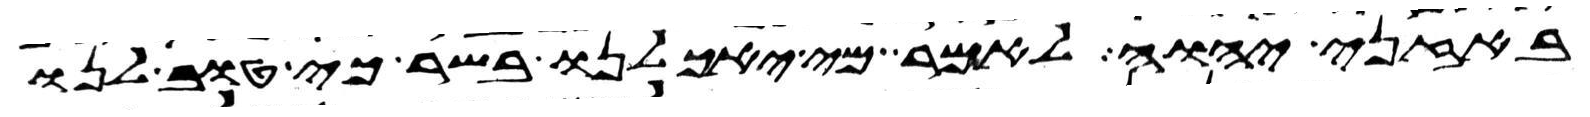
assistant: באזני יהוה לאמר מי יאכילנו בשר כי טוב לנו